Report of the Indian Hemp Drugs Commission, 1894-1895 - Volume VI
Year: 1894
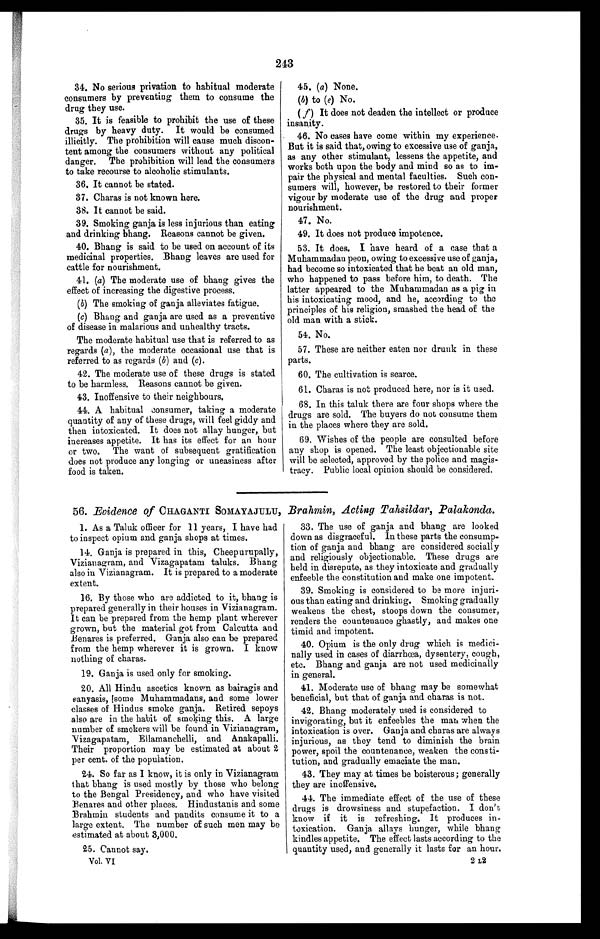
243
34. No serious privation to habitual moderate
consumers by preventing them to consume the
drug they use.
35. It is feasible to prohibit the use of these
drugs by heavy duty. It would be consumed
illicitly. The prohibition will cause much discon-
tent among the consumers without any political
danger, The prohibition will lead the consumers
to take recourse to alcoholic stimulants.
36. It cannot be stated.
37. Charas is not known here.
38. It cannot be said.
39. Smoking ganja is less injurious than eating
and drinking bhang. Reasons cannot be given.
40. Bhang is said to be used on account of its
medicinal properties. Bhang leaves are used for
cattle for nourishment.
41. (a) The moderate use of bhang gives the
effect of increasing the digestive process.
(b) The smoking of ganja alleviates fatigue.
(c) Bhang and ganja are used as a preventive
of disease in malarious and unhealthy tracts.
The moderate habitual use that is referred to as
regards (a) , the moderate occasional use that is
referred to as regards (b) and (c) .
42. The moderate use of these drugs is stated
to be harmless. Reasons cannot be given.
43. Inoffensive to their neighbours.
44. A habitual consumer, taking a moderate
quantity of any of these drugs, will feel giddy and
then intoxicated. It does not allay hunger, but
increases appetite. It has its effect for an hour
or two. The want of subsequent gratification
does not produce any longing or uneasiness after
food is taken.
45. (a) None.
(b) to (e) No.
( f) It does not deaden the intellect or produce
insanity.
46. No cases have come within my experience.
But it is said that, owing to excessive use of ganja,
as any other stimulant, lessens the appetite, and
works both upon the body and mind so as to im-
pair the physical and mental faculties. Such con-
sumers will, however, be restored to their former
vigour by moderate use of the drug and proper
nourishment.
47. No.
49. It does not produce impotence.
53. It does. I have heard of a case that a
Muhammadan peon, owing to excessive use of ganja,
had become so intoxicated that he beat an old man,
who happened to pass before him, to death. The
latter appeared to the Muhammadan as a pig in
his intoxicating mood, and he, according to the
principles of his religion, smashed the head of the
old man with a stick.
54. No.
57. These are neither eaten nor drunk in these
parts.
60. The cultivation is scarce.
61. Charas is not produced here, nor is it used.
68. In this taluk there are four shops where the
drugs are sold. The buyers do not consume them
in the places where they are sold.
69. Wishes of the people are consulted before
any shop is opened. The least objectionable site
will be selected, approved by the police and magis-
tracy. Public local opinion should be considered.
56. Evidence of CHAGANTI SOMAYAJULU, Brahmin, Acting Tahsildar, Palakonda.
1. As a Taluk officer for 11 years, I have had
to inspect opium and ganja shops at times.
14. Ganja is prepared in this, Cheep urupally,
Vizianagram, and Vizagapatam taluks. Bhang
also in Vizianagram. It is prepared to a moderate
extent.
16. By those who are addicted to it, bhang is
prepared generally in their houses in Vizianagram.
It can be prepared from the hemp plant wherever
grown, but the material got from Calcutta and
Benares is preferred. Ganja also can be prepared
from the hemp wherever it is grown. I know
nothing of charas.
19. Ganja is used only for smoking.
20. All Hindu ascetics known as bairagis and
sanyasis, [some Muhammadans, and some lower
classes of Hindus smoke ganja. Retired sepoys
also are in the habit of smoking this. A large
number of smokers will be found in Vizianagram,
Vizagapatam, Ellamanchelli, and Anakapalli.
Their proportion may be estimated at about 2
per cent. of the population.
24. So far as I know, it is only in Vizianagram
that bhang is used mostly by those who belong
to the Bengal Presidency, and who have visited
Benares and other places. Hindustanis and some
Brahmin students and pandits consume it to a
large extent. The number of such men may be
estimated at about 3,000.
25. Cannot say.
33. The use of ganja and bhang are looked
down as disgraceful. In these parts the consump-
tion of ganja and bhang are considered socially
and religiously objectionable. These drugs are
held in disrepute, as they intoxicate and gradually
enfeeble the constitution and make one impotent.
39. Smoking is considered to be more injuri-
ous than eating and drinking. Smoking gradually
weakens the chest, stoops down the consumer,
renders the countenance ghastly, and makes one
timid and impotent.
40. Opium is the only drug which is medici-
nally used in cases of diarrhoea, dysentery, cough,
etc. Bhang and ganja are not used medicinally
in general.
41. Moderate use of bhang may be somewhat
beneficial, but that of ganja and charas is not.
42. Bhang moderately used is considered to
invigorating, but it enfeebles the man when the
intoxication is over. Ganja and charas are always
injurious, as they tend to diminish the brain
power, spoil the countenance, weaken the consti-
tution, and gradually emaciate the man.
43. They may at times be boisterous; generally
they are inoffensive.
44. The immediate effect of the use of these
drugs is drowsiness and stupefaction. I don't
know if it is refreshing. It produces in-
- t o x i c a t i o n . G a n j a a l l a y s h u n g e r , w h i l e b h a n g
kindles appetite. The effect lasts according to the
quantity used, and generally it lasts for an hour.
2 L2